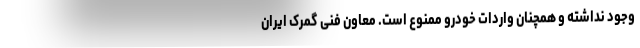
وجود نداشته و همچنان واردات خودرو ممنوع است. معاون فنی گمرک ایران